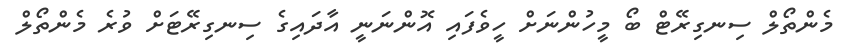
މެންތޯލް ސިނގިރޭޓް ބޯ މީހުންނަށް ހީވެފައި އޮންނަނީ އާދައިގެ ސިނގިރޭޓަށް ވުރެ މެންތޯލް